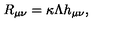
R _ { \mu \nu } = \kappa \Lambda h _ { \mu \nu } ,